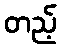
တည့်